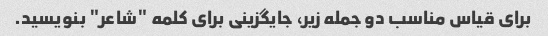
برای قیاس مناسب دو جمله زیر، جایگزینی برای کلمه "شاعر" بنویسید.